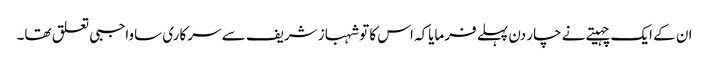
ان کے ایک چہیتے نے چار دن پہلے فرمایاکہ اس کا تو شہباز شریف سے سرکاری ساواجبی تعلق تھا۔